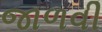
જાળવી